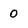
Character: 0